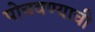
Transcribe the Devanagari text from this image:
पोचवण्‍याची